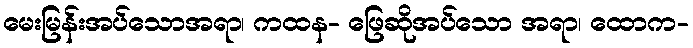
မေးမြန်းအပ်သောအရာ၊ ကထန- ဖြေဆိုအပ်သော အရာ၊ ထောက-